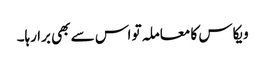
ویکاس کا معاملہ تو اس سے بھی برا رہا۔